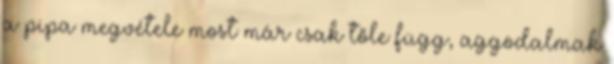
a pipa megvétele most már csak tőle függ, aggodalmak